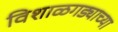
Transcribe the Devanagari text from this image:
विशाळगड्याच्या